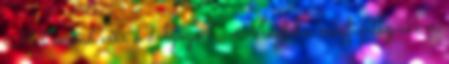
Mit mond erre a dolgozó? -Majd ha megfizetsz akkor